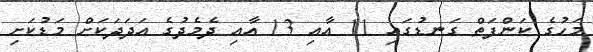
މަހުގެ ކަންފަތް ގަނޑުގައި 11 އާއި 13 އާއި ދެމެދުގެ އަދަދަކަށް މަޑުކަށި